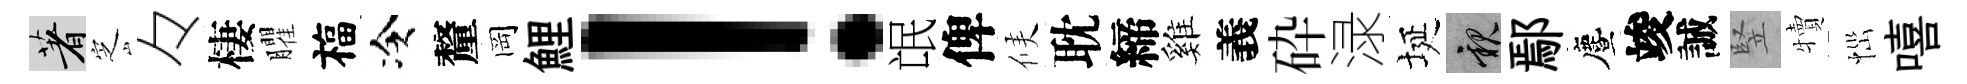
著㝎々棲臞福冷釐岡鯉！氓俾候耽締雞義砕渌埏親鄢󵨌竣誠竪犢𢙉嘻